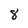
Character: 8